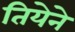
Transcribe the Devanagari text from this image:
तियेने